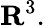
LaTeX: \mathbf{R}^{3}.